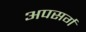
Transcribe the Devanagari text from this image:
अपसर्ग